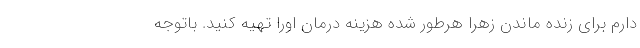
دارم برای زنده ماندن زهرا هرطور شده هزینه درمان اورا تهیه کنید. باتوجه